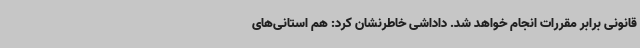
قانونی برابر مقررات انجام خواهد شد. داداشی خاطرنشان کرد: هم استانی‌های